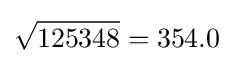
{\sqrt {125348}}=354.0